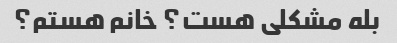
بله مشکلی هست؟ خانم هستم؟